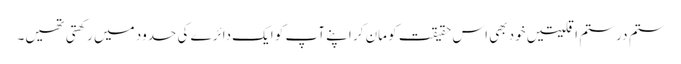
ستم در ستم اقلیتیں خود بھی اس حقیقت کو مان کر اپنے آپ کو ایک دائرے کی حدود میں رکھتی تھیں۔